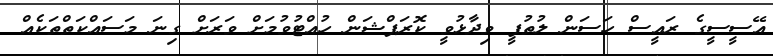
އޭސީސީގެ ރައީސް ހަސަން ލުތުފީ ވިދާޅުވީ ކޮރަޕްޝަން ހުއްޓުވުމަށް ވަރަށް ގިނަ މަސައްކަތްތަކެއް